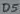
Text: D5